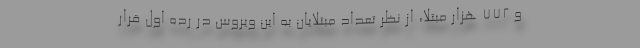
و ۷۷۲ هزار مبتلا، از نظر تعداد مبتلایان به این ویروس در رده اول قرار